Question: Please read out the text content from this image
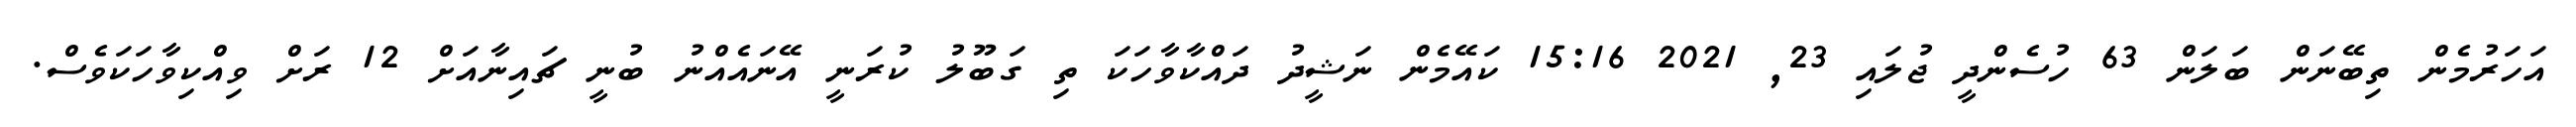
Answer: އަހަރުމެން ތިބޭނަން ބަލަން 63 ހުސެންދީ ޖުލައި 23, 2021 15:16 ކައޭމެން ނަޝީދު ދައްކާވާހަކަ ތި ގަބޫލު ކުރަނީ އޭނައެއްނު ބުނީ ޗައިނާއަށް 12 ރަށް ވިއްކިވާހަކަވެސް.